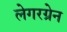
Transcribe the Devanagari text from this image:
लेगरग्रेन